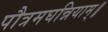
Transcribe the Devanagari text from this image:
पौत्रमघन्नियाम्॥